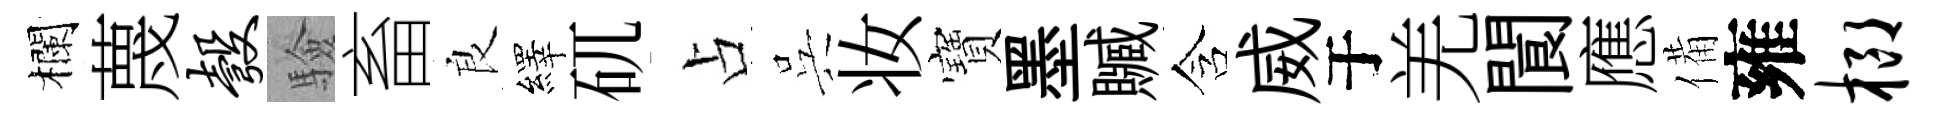
欄蔑彀驗畜良繹矹占呉妆寶墨贓含威于羌閬應備雍榔